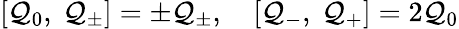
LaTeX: [\mathcal{Q}_{0},\ \mathcal{Q}_{\pm}]=\pm\mathcal{Q}_{\pm},\quad[\mathcal{Q}_{-},\ \mathcal{Q}_{+}]=2\mathcal{Q}_{0}